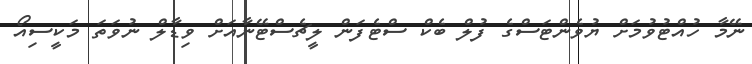
ނޭމާ ހުއްޓުވުމަށް ޔުވެންޓަސްގެ ފުލް ބެކް ސްޓެފަން ލީޗެސްޓޭނާއަށް ވިޑާލް ނުވަތަ މަކީސިއޯ